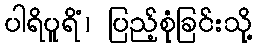
ပါရိပူရိံ၊ ပြည့်စုံခြင်းသို့